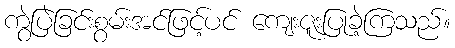
ကွဲပြဲခြင်းစွမ်းအင်ဖြင့်ပင် ကျေးဇူးပြုခဲ့ကြသည်။